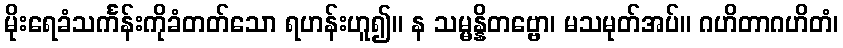
မိုးရေခံသင်္ကန်းကိုခံတတ်သော ရဟန်းဟူ၍။ န သမ္မန္နိတဗ္ဗော၊ မသမုတ်အပ်။ ဂဟိတာဂဟိတံ၊